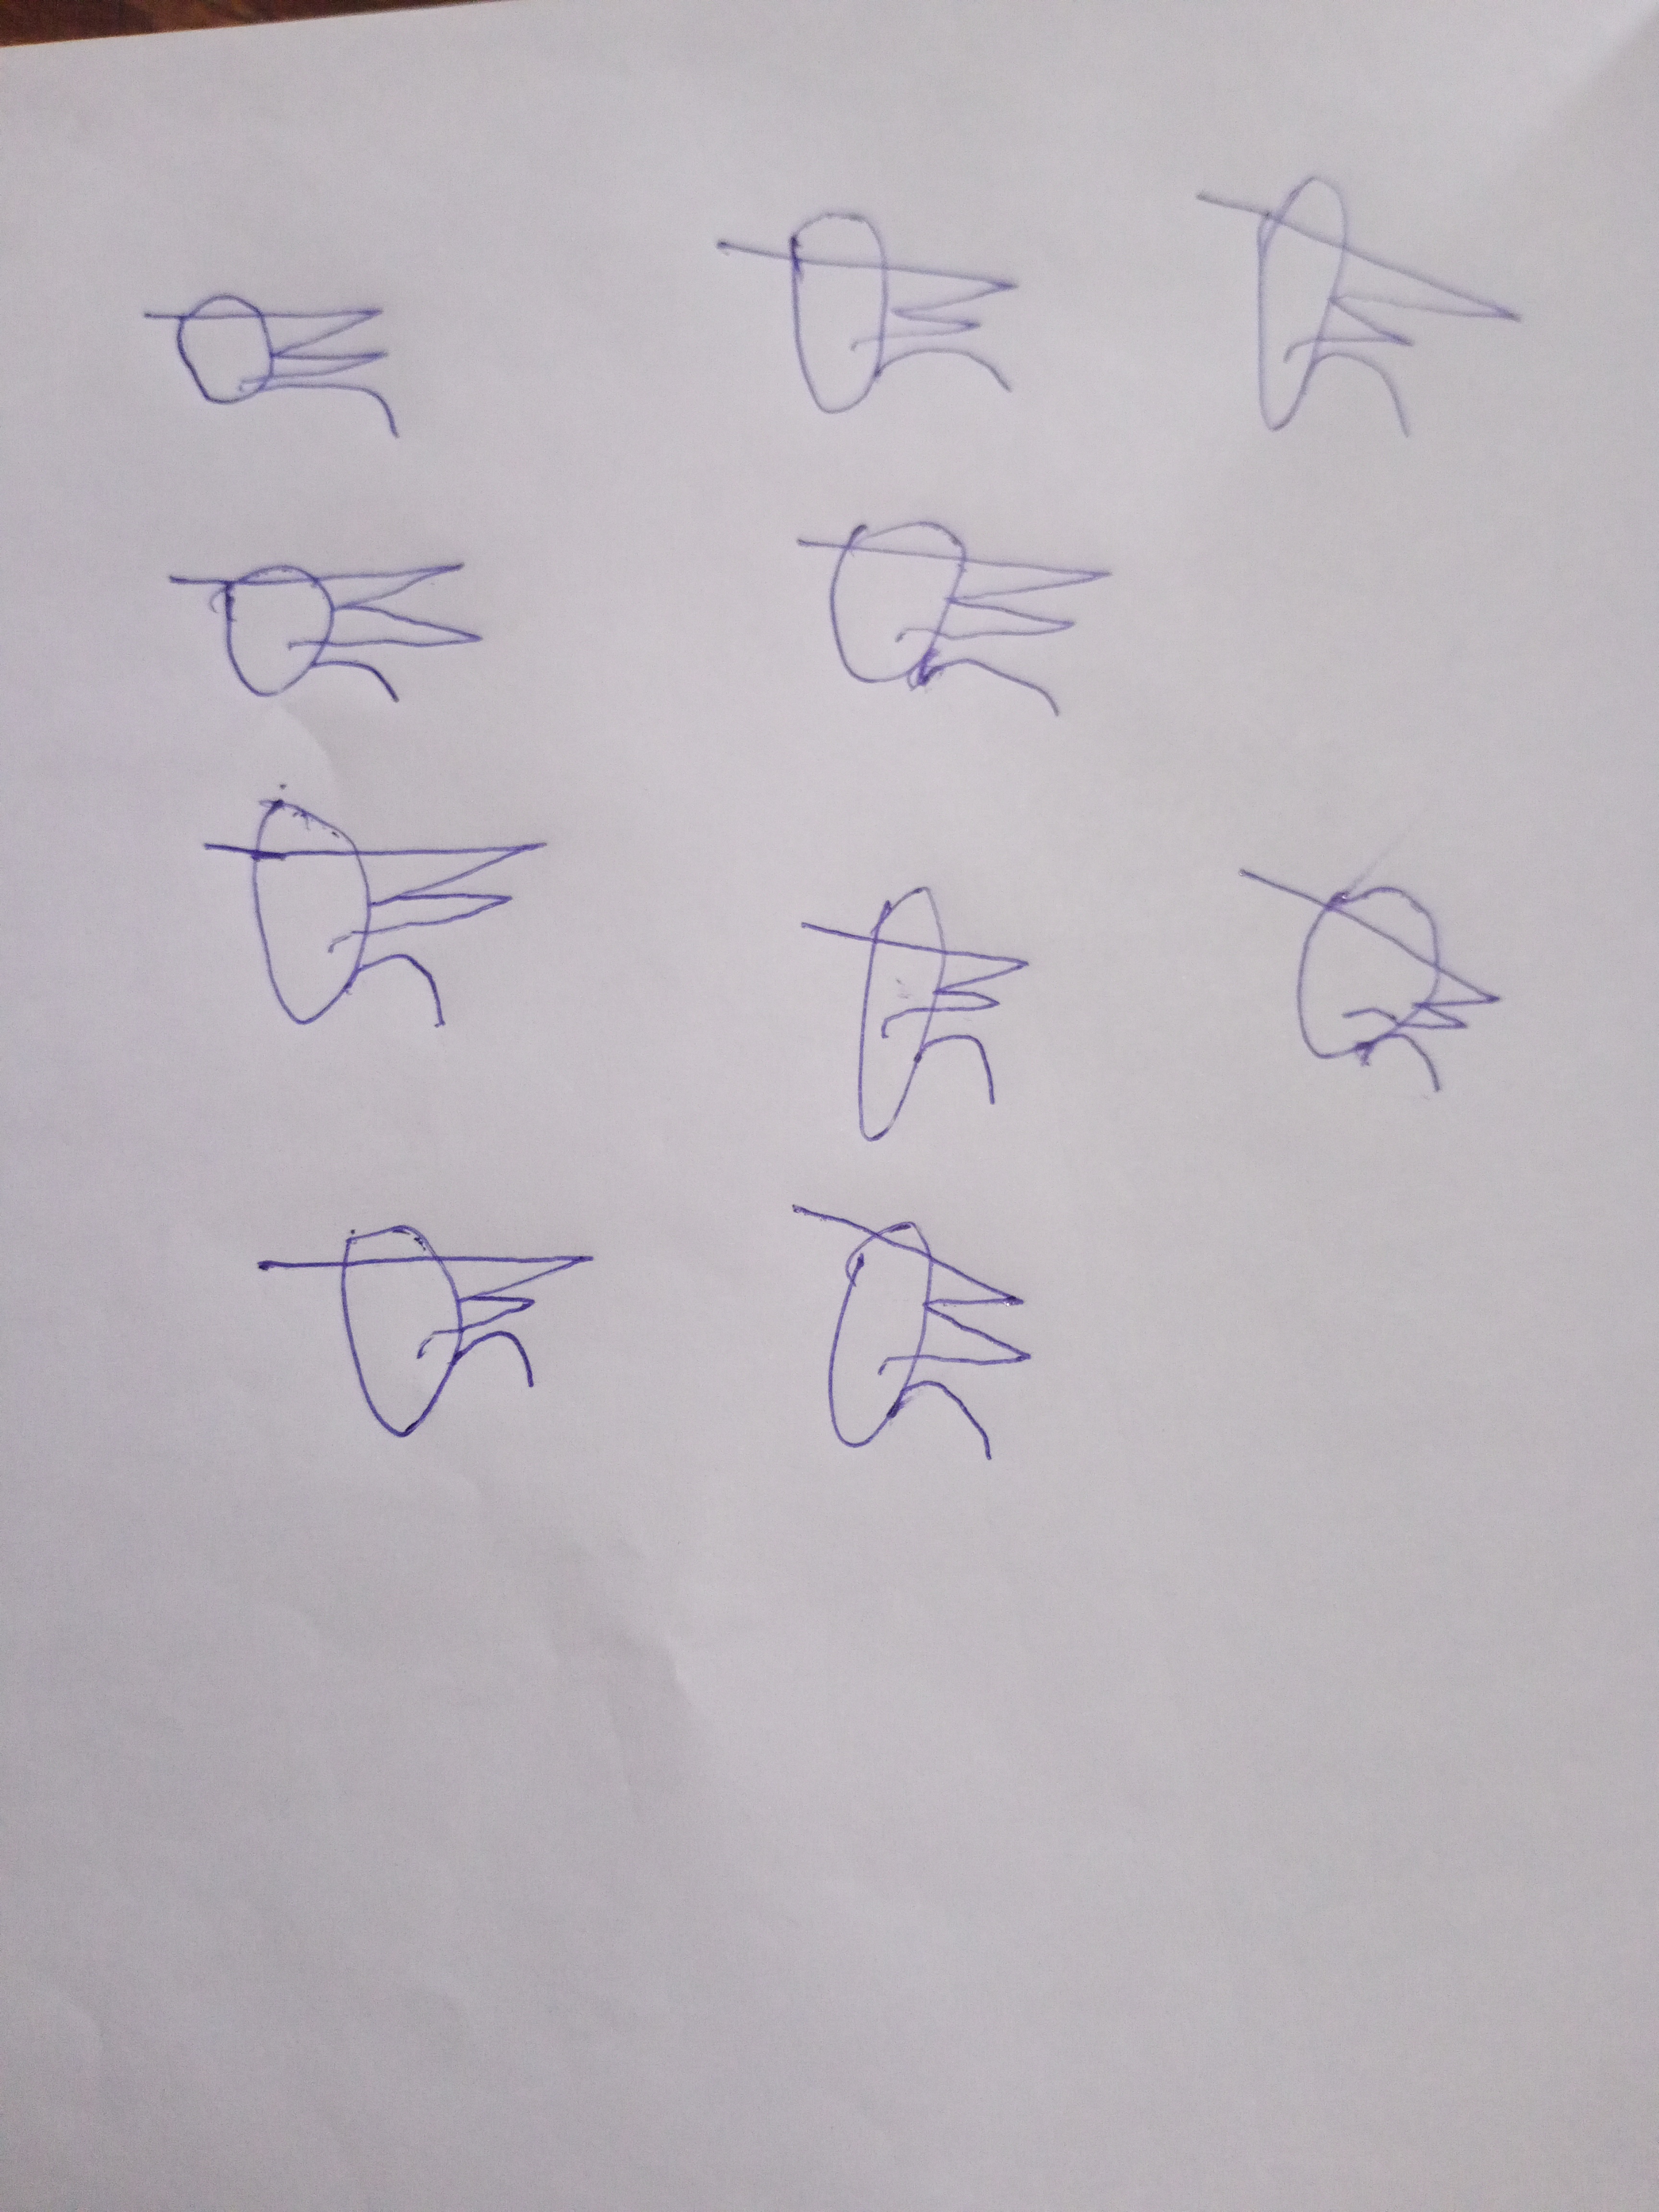
Signature authenticity: forged